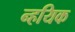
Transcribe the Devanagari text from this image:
न्हयिक